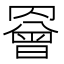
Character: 𦌘